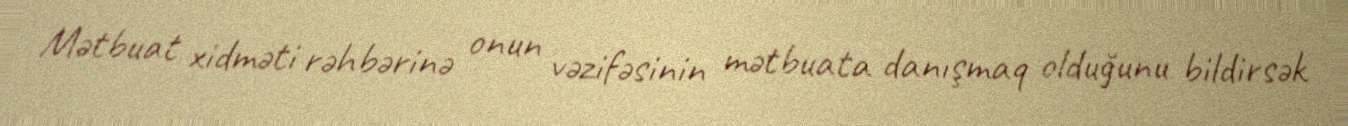
Mətbuat xidməti rəhbərinə onun vəzifəsinin mətbuata danışmaq olduğunu bildirsək